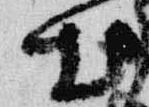
出